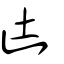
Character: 凷